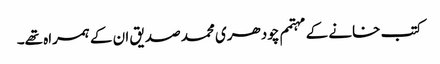
کتب خانے کے مہتمم چودھری محمد صدیق ان کے ہمراہ تھے۔